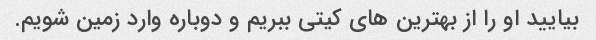
بیایید او را از بهترین های کیتی ببریم و دوباره وارد زمین شویم.